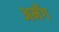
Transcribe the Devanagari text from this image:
अमँग